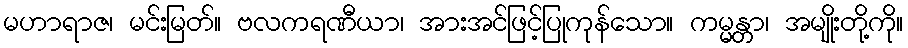
မဟာရာဇ၊ မင်းမြတ်။ ဗလကရဏီယာ၊ အားအင်ဖြင့်ပြုကုန်သော။ ကမ္မန္တာ၊ အမျိုးတို့ကို။